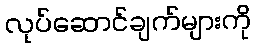
လုပ်ဆောင်ချက်များကို